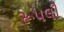
રૂપલી